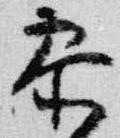
参